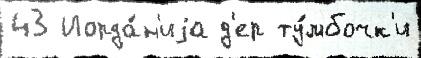
43 Иорда́н'иjа д'ер ту́мбочк'и